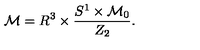
{ \cal M } = R ^ { 3 } \times \frac { S ^ { 1 } \times { \cal M } _ { 0 } } { Z _ { 2 } } .